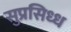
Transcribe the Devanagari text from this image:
सुप्रसिध्ध